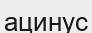
ацинус